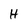
Character: h